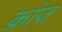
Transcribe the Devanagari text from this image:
क्रांज़